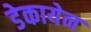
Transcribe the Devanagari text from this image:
डेकायेन